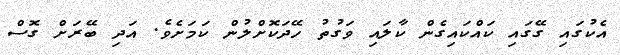
އެކުގައި ގޭގައި ކައްކައިގެން ކާލައި ވަގުތު ހޭދަކޮށްލުން ކަމަށެވެ. އަދި ބޭރަށް ގޮސް